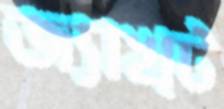
জ্যাখ্ট